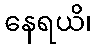
နေရယိ၊